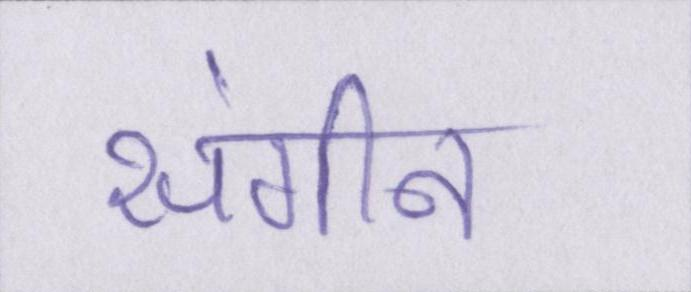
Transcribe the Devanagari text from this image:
संगीन